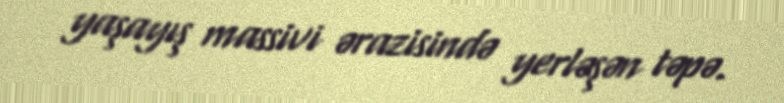
yaşayış massivi ərazisində yerləşən təpə.